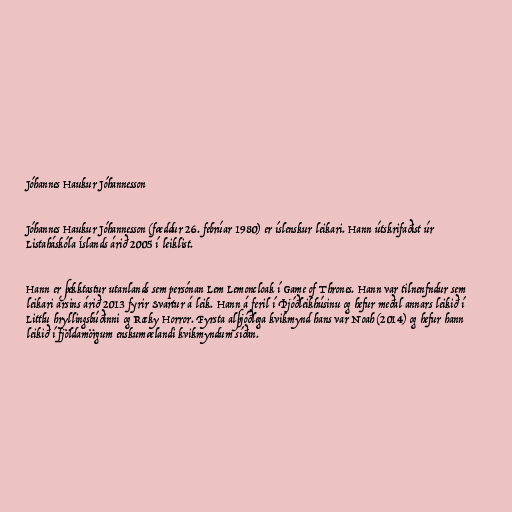
Jóhannes Haukur Jóhannesson

Jóhannes Haukur Jóhannesson (fæddur 26. febrúar 1980) er íslenskur leikari. Hann útskrifaðist úr
Listaháskóla Íslands árið 2005 í leiklist.

Hann er þekktastur utanlands sem persónan Lem Lemoncloak í Game of Thrones. Hann var tilnenfndur sem
leikari ársins árið 2013 fyrir Svartur á leik. Hann á feril í Þjóðleikhúsinu og hefur meðal annars leikið í
Littlu hryllingsbúðinni og Rocky Horror. Fyrsta alþjóðlega kvikmynd hans var Noah (2014) og hefur hann
leikið í fjöldamörgum enskumælandi kvikmyndum síðan.